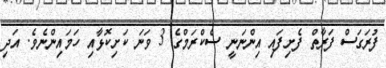
ފުރަގަސް ފަރާތް ފެށިފައި އިންނަނީ ސެކްރަމްގެ 3 ވަނަ ކަށިކޮޅާއި ހަމައިންނެވެ. އަދި